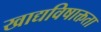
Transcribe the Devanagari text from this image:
खाद्यविषाक्तता